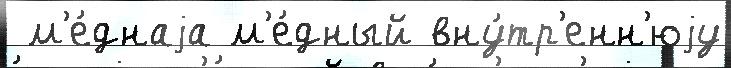
 м'е́днаjа м'е́дный вну́тр'енн'юjу